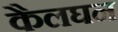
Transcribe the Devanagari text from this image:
कैलघन